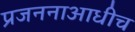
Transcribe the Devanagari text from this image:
प्रजननाआधीच